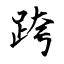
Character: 跨